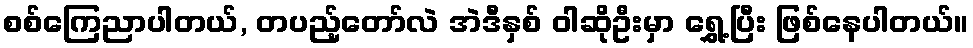
စစ်ကြေညာပါတယ်, တပည့်တော်လဲ အဲဒီနှစ် ဝါဆိုဦးမှာ ရွှေ့ပြီး ဖြစ်နေပါတယ်။